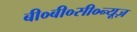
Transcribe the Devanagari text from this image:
बी०बी०सी०न्यूज़